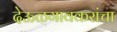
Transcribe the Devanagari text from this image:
देऊळगावकरांचा